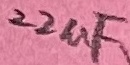
Text: 22uF